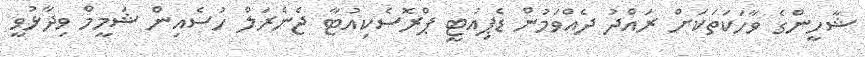
ޝާހީންގެ ވާހަކަތަކަށް ރައްދު ދެއްވަމުން ޑެޕިއުޓީ ޕްރޮސެކިއުޓާ ޖެނެރަލް ހުސެއިން ޝަމީމް ވިދާޅުވީ